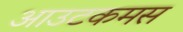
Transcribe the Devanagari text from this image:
आउटकमस